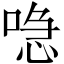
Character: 喼